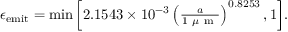
\begin{array} { r } { \epsilon _ { \mathrm { e m i t } } = \operatorname* { m i n } { \left[ 2 . 1 5 4 3 \times 1 0 ^ { - 3 } \left( \frac { a } { 1 ~ \mu \mathrm { ~ m ~ } } \right) ^ { 0 . 8 2 5 3 } , 1 \right] } . } \end{array}